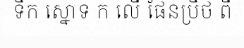
ទឹក ស្នោទ ក លើ ផែនប្រឹថ ពី